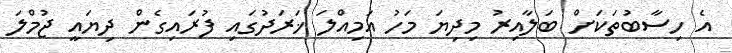
އެ ހިސާބުތަކަށް ބަލާއިރު މިދިޔަ މަހު އަމިއްލަ ޚަރަދުގައި ފުރައިގެން ދިޔައީ ޖުމްލަ